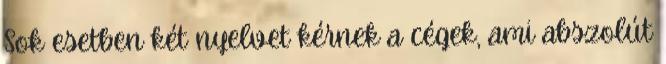
Sok esetben két nyelvet kérnek a cégek, ami abszolút